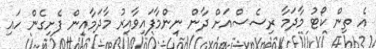
އެ ތިން ކޯޓު މާދަމާ ރިސެސްއަށް ދާން ނިންމާފައިވާއިރު މާދަމާއިން ފެށިގެން ހައި